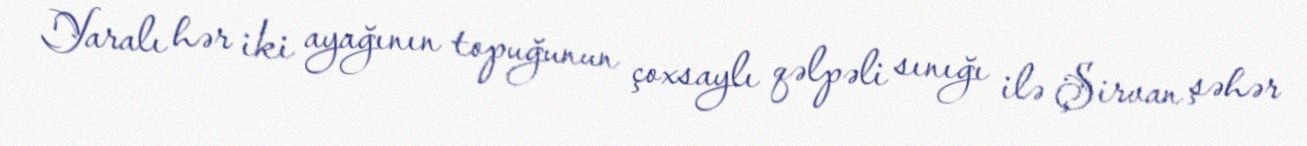
Yaralı hər iki ayağının topuğunun çoxsaylı qəlpəli sınığı ilə Şirvan şəhər